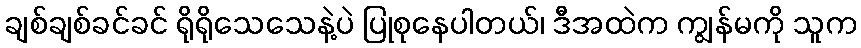
ချစ်ချစ်ခင်ခင် ရိုရိုသေသေနဲ့ပဲ ပြုစုနေပါတယ်၊ ဒီအထဲက ကျွန်မကို သူက